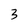
Character: 3